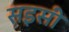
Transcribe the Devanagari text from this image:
सइसी